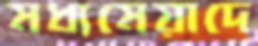
মধ্যমেয়াদে